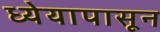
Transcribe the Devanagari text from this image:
ध्येयापासून